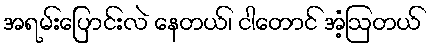
အရမ်းပြောင်းလဲ နေတယ်၊ ငါတောင် အံ့ဩတယ်